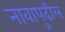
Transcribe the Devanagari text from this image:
नावापुढील